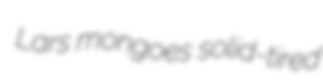
Lars mongoes solid-tired